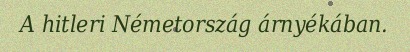
A hitleri Németország árnyékában.